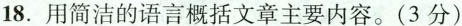
18.用简洁的语言概括文章主要内容。(3 分)